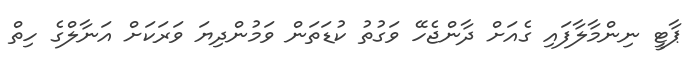
ޕާޓީ ނިންމާލާފައި ގެއަށް ދާންޖެހޭ ވަގުތު ކުޑަތަން ވަމުންދިޔަ ވަރަކަށް އަނާލްގެ ހިތް